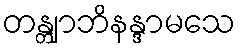
တန္တျာဘိနန္ဒာမသေ